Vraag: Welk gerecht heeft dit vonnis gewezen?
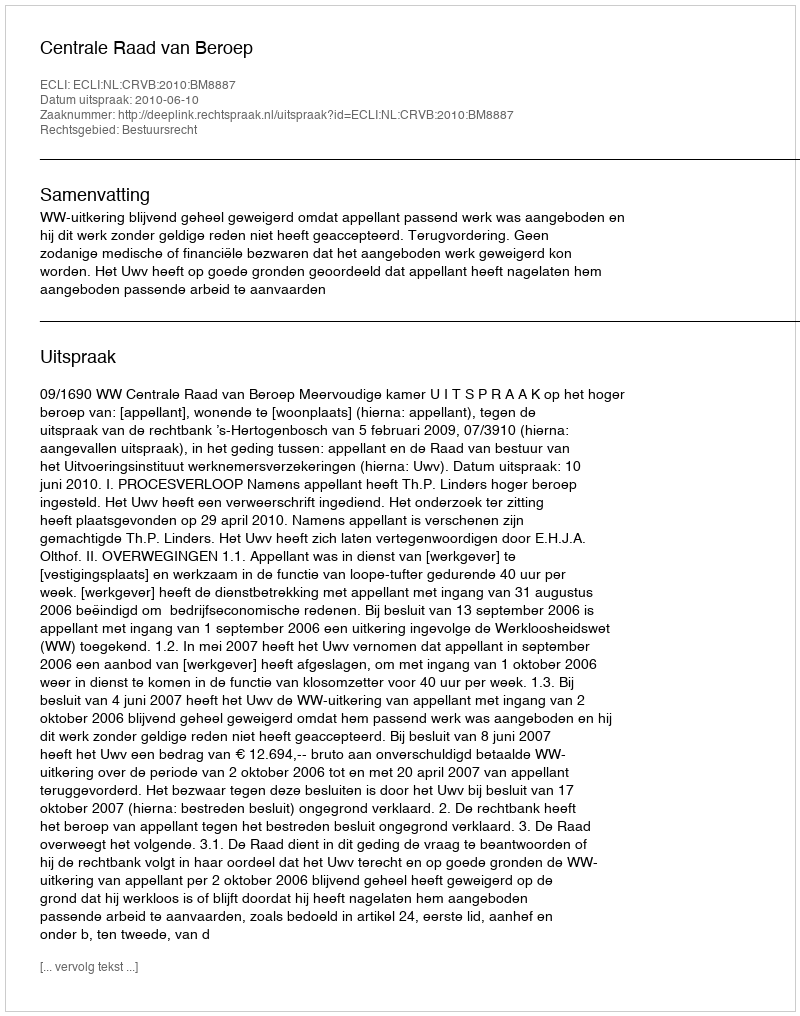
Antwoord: Centrale Raad van Beroep